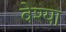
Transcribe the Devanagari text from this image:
वेश्‍या